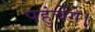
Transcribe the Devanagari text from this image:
पहुंचेंगे।